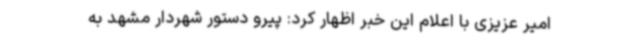
امیر عزیزی با اعلام این خبر اظهار کرد: پیرو دستور شهردار مشهد به